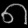
Digit: ၈